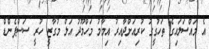
އެ މައްސަލައިގެ ތަހުގީގު ކުރިއަށްދާއިރު އިމާމު މަހްމޫދު އަލް މުގާޒީ ހުރީ ސަސްޕެންޑް